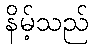
နိမ့်သည်